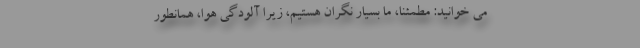
می خوانید: مطمئناً، ما بسیار نگران هستیم، زیرا آلودگی هوا، همانطور